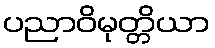
ပညာဝိမုတ္တိယာ